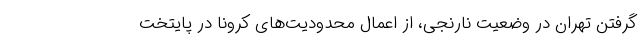
گرفتن تهران در وضعیت نارنجی، از اعمال محدودیت‌های کرونا در پایتخت